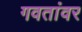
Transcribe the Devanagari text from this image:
गवतांवर